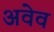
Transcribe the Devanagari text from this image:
अवेव